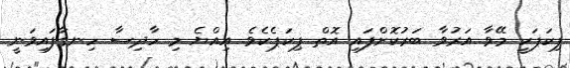
ޕިކަޕަކީ މޭވާ އަރުވާ ބަރުކޮށްފައި އޮތް ޕިކަޕެކެވެ. އިއްޔެ މި ހާދިސާ ހިނގާފައިވަނީ